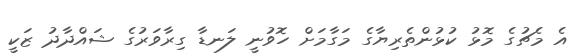
އެ މެޗުގެ މޮޅު ކުޅުންތެރިޔާގެ މަގާމަށް ހޮވުނީ ލަނޑާ ގިރާވަރުގެ ޝައްދާދު ޒަކީ